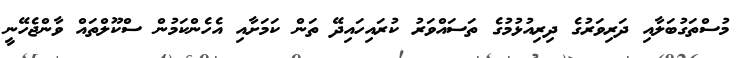
މުސްތަގުބަލާއި ދަރިވަރުގެ ދިރިއުޅުމުގެ ތަސައްވަރު ކުރައިހައިދޭ ތަން ކަމަށާއި އެހެންކަމުން ސްކޫލްތައް ވާންޖެހޭނީ